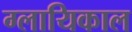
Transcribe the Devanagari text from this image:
ग्लायिकाल